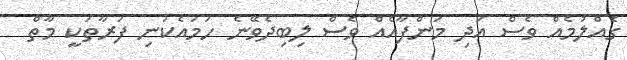
ގެއްލުމެއް ވެސް އަދި މަންފާއެއް ވެސް ލިބިދެވޭނެ ހަމައެކަނި ފަރާތަކީ މާތް